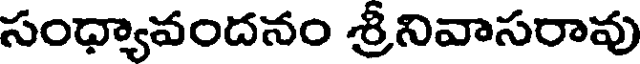
సంధ్యావందనం శ్రీనివాసరావు